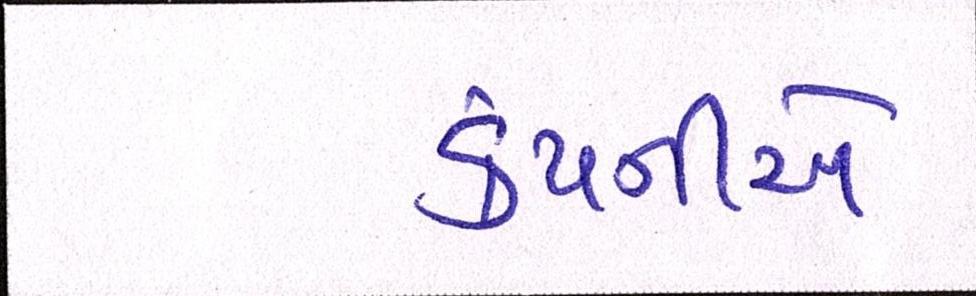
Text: કંપનીએ